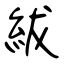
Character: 紱